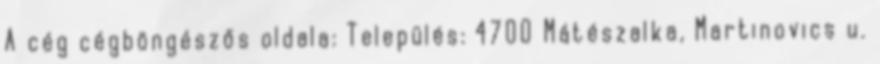
A cég cégböngészős oldala: Település: 4700 Mátészalka, Martinovics u.